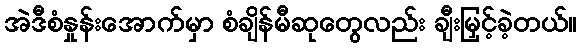
အဲဒီစံနှုန်းအောက်မှာ စံချိန်မီဆုတွေလည်း ချီးမြှင့်ခဲ့တယ်။